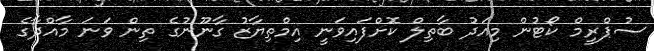
ސުޕްރީމް ކޯޓުން މިއަދު ބާތިލް ކޮށްފައިވަނީ އިމްތިޔާޒު ގާނޫނުގެ ތިން ވަނަ މާއްދާގެ